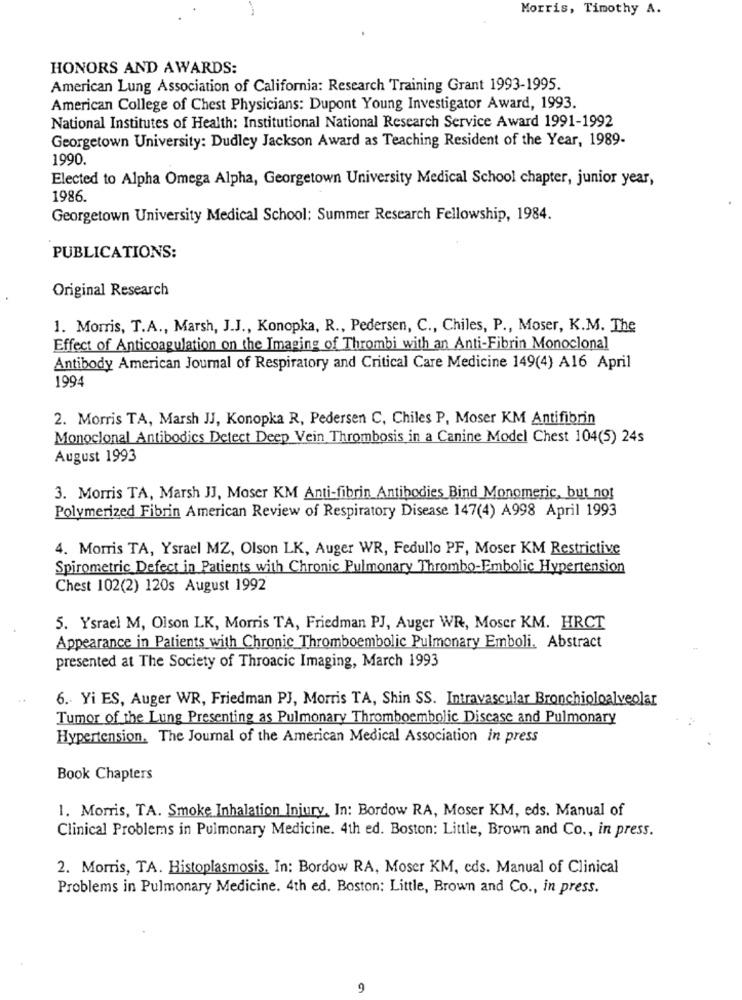
Morris, Timothy A.
HONORS AND AWARDS:
American Lung Association of California: Research Training Grant 1993-1995.
American College of Chest Physicians: Dupont Young Investigator Award, 1993.
National Institutes of Health: Institutional National Research Service Award 1991-1992
Georgetown University: Dudley Jackson Award as Teaching Resident of the Year, 1989-
1990.
Elected to Alpha Omega Alpha, Georgetown University Medical School chapter, junior year,
1986.
Georgetown University Medical School: Summer Research Fellowship, 1984.
PUBLICATIONS:
Original Research
1. Morris, T.A ., Marsh, J.J ., Konopka, R ., Pedersen, C ., Chiles, P ., Moser, K.M. The
Effect of Anticoagulation on the Imaging of Thrombi with an Anti-Fibrin Monoclonal
Antibody American Journal of Respiratory and Critical Care Medicine 149(4) A16 April
1994
2. Morris TA, Marsh JJ, Konopka R, Pedersen C, Chiles P, Moser KM Antifibrin
Monoclonal Antibodies Detect Deep Vein Thrombosis in a Canine Model Chest 104(5) 24s
August 1993
3. Morris TA, Marsh JJ, Moser KM Anti-fibrin Antibodies Bind Monomeric, but not
Polymerized Fibrin American Review of Respiratory Disease 147(4) A998 April 1993
4. Morris TA, Ysrael MZ, Olson LK, Auger WR, Fedullo PF, Moser KM Restrictive
Spirometric Defect in Patients with Chronic Pulmonary Thrombo-Embolic Hypertension
Chest 102(2) 120s August 1992
5. Ysrael M, Olson LK, Morris TA, Friedman PJ, Auger WR, Moser KM. HRCT
Appearance in Patients with Chronic Thromboembolic Pulmonary Emboli. Abstract
presented at The Society of Throacic Imaging, March 1993
6. Yi ES, Auger WR, Friedman PJ, Morris TA, Shin SS. Intravascular Bronchioloalveolar
Tumor of the Lung Presenting as Pulmonary Thromboembolic Discase and Pulmonary
Hypertension. The Journal of the American Medical Association in press
Book Chapters
1. Morris, TA. Smoke Inhalation Injury, In: Bordow RA, Moser KM, eds. Manual of
Clinical Problems in Pulmonary Medicine. 4th ed. Boston: Little, Brown and Co ., in press.
2. Morris, TA. Histoplasmosis, In: Bordow RA, Moser KM, cds. Manual of Clinical
Problems in Pulmonary Medicine. 4th ed. Boston: Little, Brown and Co ., in press.
9